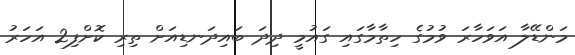
މަންޑޭލާ އަވަހާރަ ވުމުގެ ހިތާމާގައި ގައުމީ ދިދަ ބައިދަނޑިއަށް ތިރި ކޮށްފި2 އަހަރު